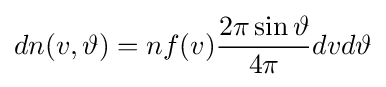
dn(v,\vartheta )=nf(v){\frac {2\pi \sin \vartheta }{4\pi }}dvd\vartheta